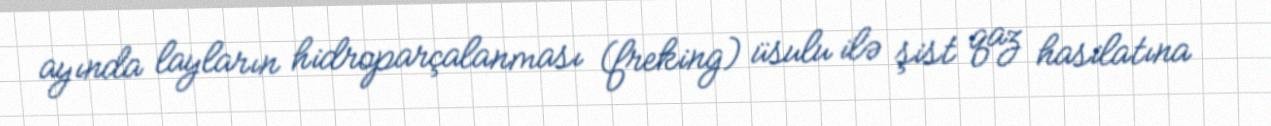
ayında layların hidroparçalanması (freking) üsulu ilə şist qaz hasilatına